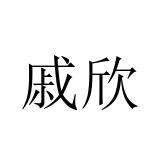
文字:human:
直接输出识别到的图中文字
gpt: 戚欣